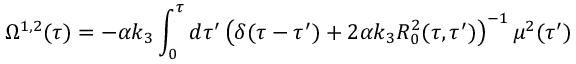
{ } \Omega ^ { 1 , 2 } ( \tau ) = - \alpha k _ { 3 } \int _ { 0 } ^ { \tau } d \tau ^ { \prime } \left( \delta ( \tau - \tau ^ { \prime } ) + 2 \alpha k _ { 3 } R _ { 0 } ^ { 2 } ( \tau , \tau ^ { \prime } ) \right) ^ { - 1 } \mu ^ { 2 } ( \tau ^ { \prime } )